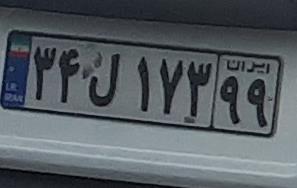
۳۴ل۱۷۳۹۹